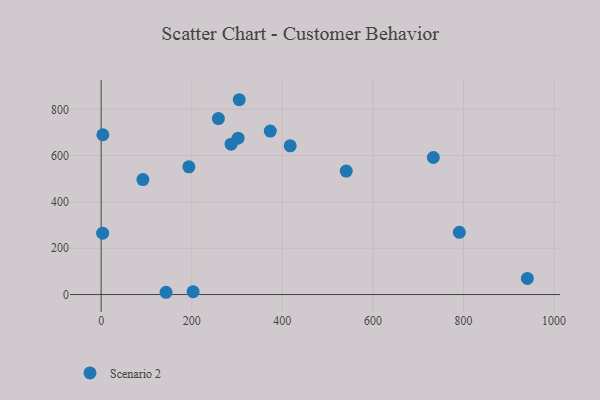
{"axis": {"x": "Ad Spend", "y": "Rating"}, "legend": ["Scenario 2"], "data": [{"x": "302.3", "y": 675.4, "type": "Scenario 2"}, {"x": "258.9", "y": 759.9, "type": "Scenario 2"}, {"x": "733.4", "y": 591.9, "type": "Scenario 2"}, {"x": "373.4", "y": 706.2, "type": "Scenario 2"}, {"x": "3.8", "y": 690.1, "type": "Scenario 2"}, {"x": "941.0", "y": 69.6, "type": "Scenario 2"}, {"x": "3.3", "y": 265.0, "type": "Scenario 2"}, {"x": "143.3", "y": 9.8, "type": "Scenario 2"}, {"x": "304.9", "y": 841.4, "type": "Scenario 2"}, {"x": "541.1", "y": 533.2, "type": "Scenario 2"}, {"x": "193.7", "y": 551.4, "type": "Scenario 2"}, {"x": "417.4", "y": 642.1, "type": "Scenario 2"}, {"x": "92.2", "y": 496.4, "type": "Scenario 2"}, {"x": "203.0", "y": 12.5, "type": "Scenario 2"}, {"x": "286.9", "y": 649.5, "type": "Scenario 2"}, {"x": "790.8", "y": 268.8, "type": "Scenario 2"}]}